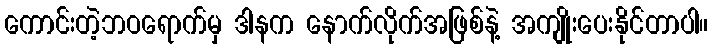
ကောင်းတဲ့ဘဝရောက်မှ ဒါနက နောက်လိုက်အဖြစ်နဲ့ အကျိုးပေးနိုင်တာပါ။